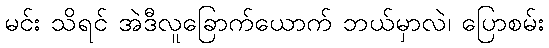
မင်း သိရင် အဲဒီလူခြောက်ယောက် ဘယ်မှာလဲ၊ ပြောစမ်း